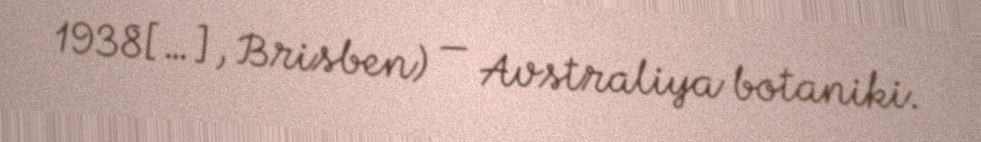
1938[…], Brisben) — Avstraliya botaniki.